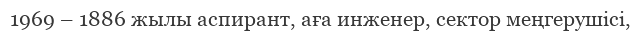
1969 – 1886 жылы аспирант, аға инженер, сектор меңгерушісі,